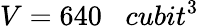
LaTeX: V=640\; \; \; cubit^{3}